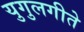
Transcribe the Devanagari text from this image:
युगुलगीते